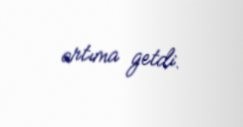
artıma getdi.